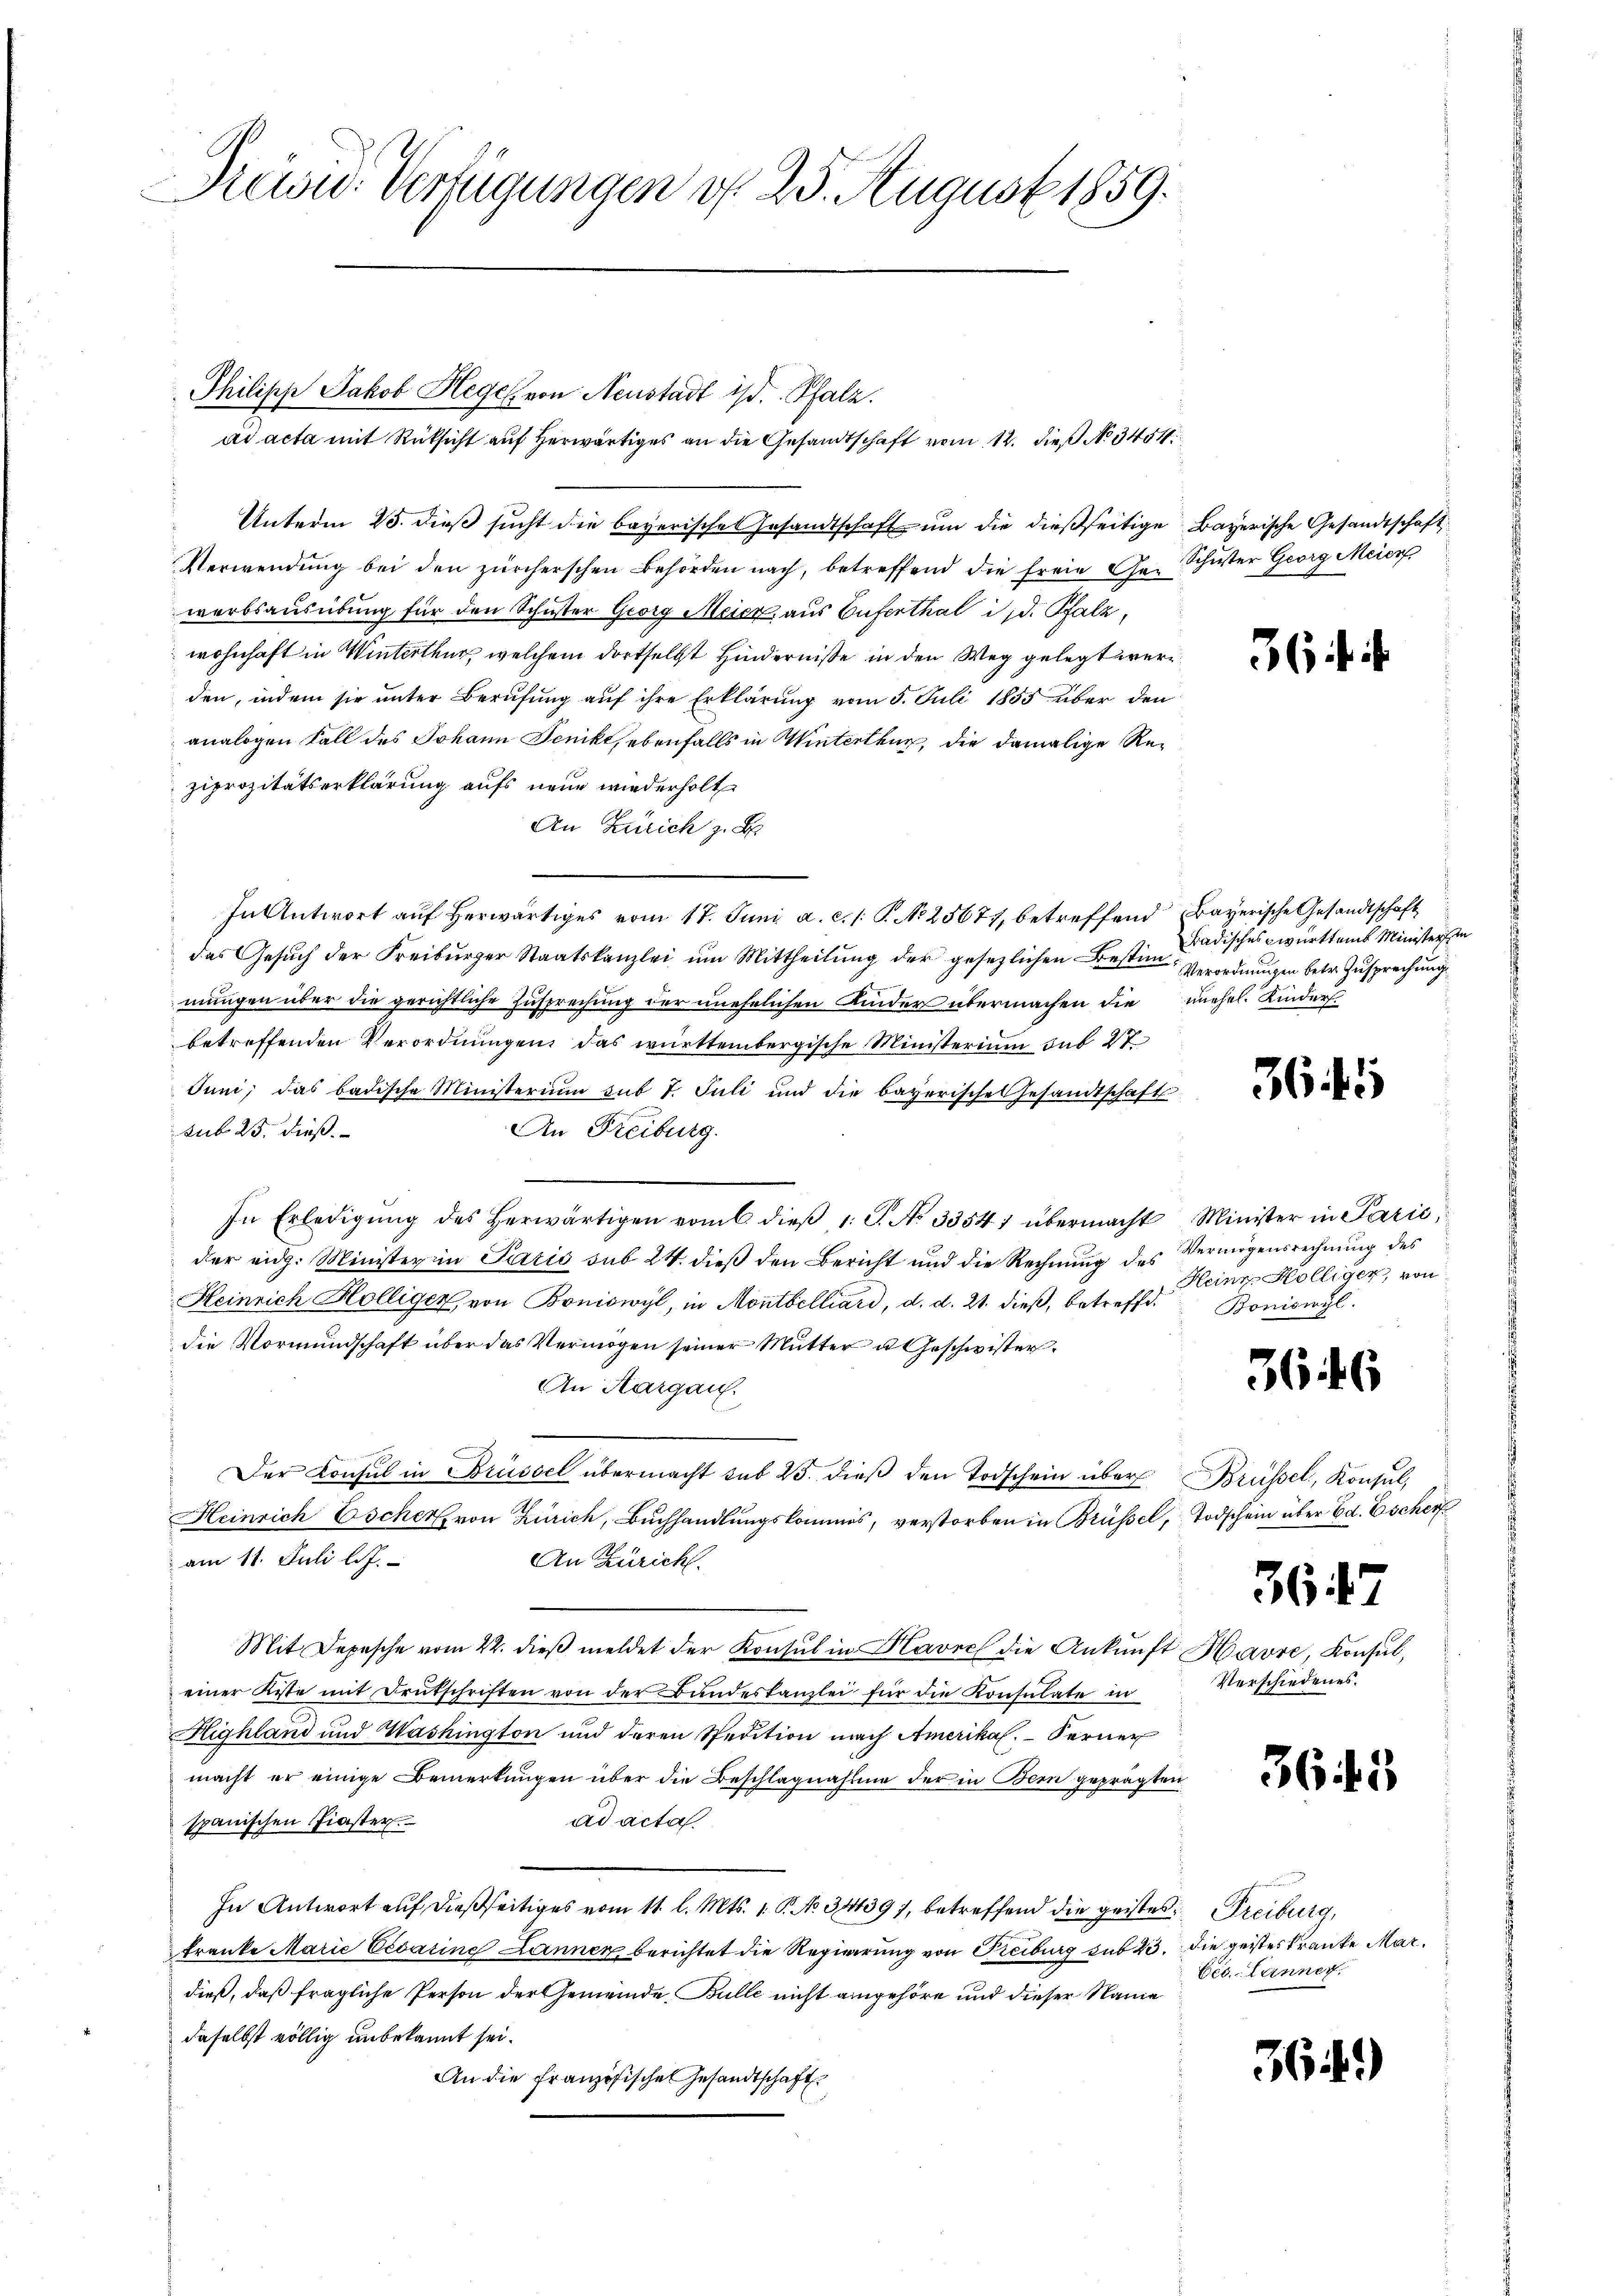
Prewid. Verfügungen d. 25. August 1859.

Philisch Jakob Hegel von Neustadt ist. Pfalz.
ad acta mit Rüksicht auf herwärtiges an die Gesandtschaft vom 12. dieß No 3454
Unterm 25. dieß sucht die bayerisches Gesandtschaft um die dießseitige
Verwendung bei den zürcherschen Behörden nach, betreffend die freie Gewerbsausübung für den Schuster Georg Meier, aus Aufenthal in d. Pfalz,
wohnhaft in Winterthur, welchem dortselbst Hinderniße in den Weg gelegt werden, indem sie unter Berufung auf ihre Erklärung vom 5. Juli 1855 über den
analogen Fall des Johann Jenikt, ebenfalls in Winterthur, die damalige Reziprozitätserklärung aufs neue wiederholt
An Zürich z. B.
In Antwort auf herwärtiges vom 17. Juni a. c. 1 S. No 25677, betreffend
das Gesuch der Freiburger Staatskanzlei um Mittheilung der gesezlichen Bestime Verordnungen betr. Zusprechung
mungen über die gerichtliche Zusprechung der unehelichen Kinder übermachen die
betreffenden Verordnungen das württembergische Ministerium sub 27.
Juni, das badische Ministerium sub 7. Juli und die bayerische Gesandtschafts-
sub 25. dieß.
An Freiburg.
e
In Erledigŭng des herwärtigen vom 6. dieβ 1 S. No 3354) übermacht Minister in Parić,
der eidg. Minister in Paris sub 24. dieß den Bericht und die Rechnung des Vermögensrechnung des
Heinrich Hölligen, von Boniowyl, in Montbelliard, d. d. 21. dieβ, betreffe. Boniswyl
die Vormundschaft über das Vermögen seiner Mutter u. Geschwister.
An Margau.
Der Konsul in Brüssel übermacht sub 25. dieß den Todschein über
Heinrich Escher von Zürich, Buchhandlungskommis, verstorben in Brüssel, Todschein über Ed. Escher
am 11. Juli l.J.
An Züricht.
Mit Depesche vom 22. dieβ meldet der Konsul in Havre die Ankunft Havre, Konsul,
einer Kiste mit Brütschriften von der Bundeskanzlei für die Konsulate in
Highland und Washington und deren Spedition nach Amerika. Ferner
macht er einige Bemerkungen über die Beschlagnahme der in Bern geprägte
ad acta.
spanischen Fiaster.
In Antwort auf dießseitiges vom 11. l. Mts. 1. P. No. 34439), betreffend die geistes Freiburg,
tranke Marie Cesarine Lannen berichtet die Regierung von Freiburg sub 23. die geistes Kranke Mardieß, daß fragliche Person der Gemeinde Bulle nicht angehöre und dieser Name
daselbst völlig unbekannt sei.
An die Französischen Gesandtschaft

4

Bayerische Gesandtschaft
Schuster Georg Meier

36 f.

Bayerische Gesandtschaft
Badisches württems Ministers in
unehel. Kinders

36

Heine Hölliger, von

3646

3647

Brüssel, Konsul,

Verschiedenes.

365

Cec. Lanner.

36.)